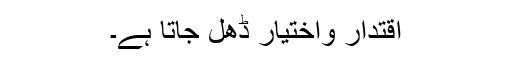
اقتدار واختیار ڈھل جاتا ہے۔